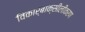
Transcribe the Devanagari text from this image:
विकार्बाक्सीलीकरण